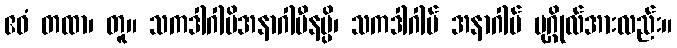
ဧဝံ တထာ၊ တူ။ သကဒါဂါမိအနာဂါမီနမ္ပိ၊ သကဒါဂါမ် အနာဂါမ် ပုဂ္ဂိုလ်အားလည်း။